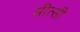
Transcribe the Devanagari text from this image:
मीत्सी